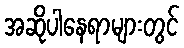
အဆိုပါနေရာများတွင်